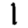
Digit: 1